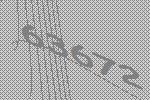
63672